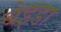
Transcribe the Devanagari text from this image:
बेइडा